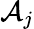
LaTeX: \mathcal{A}_{j}